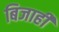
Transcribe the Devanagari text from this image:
बिजाही